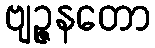
ဗျဉ္ဇနတော